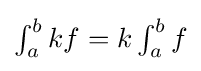
{\textstyle \int _{a}^{b}kf=k\int _{a}^{b}f}